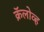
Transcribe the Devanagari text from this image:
क्रॅलोव्ह